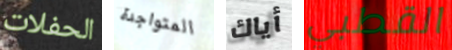
الحفلات المتواجدة أياك القطبي